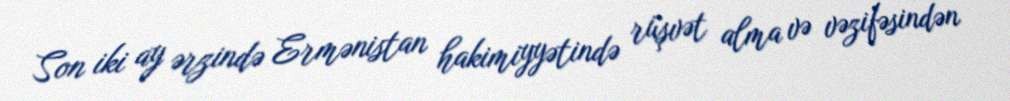
Son iki ay ərzində Ermənistan hakimiyyətində rüşvət alma və vəzifəsindən